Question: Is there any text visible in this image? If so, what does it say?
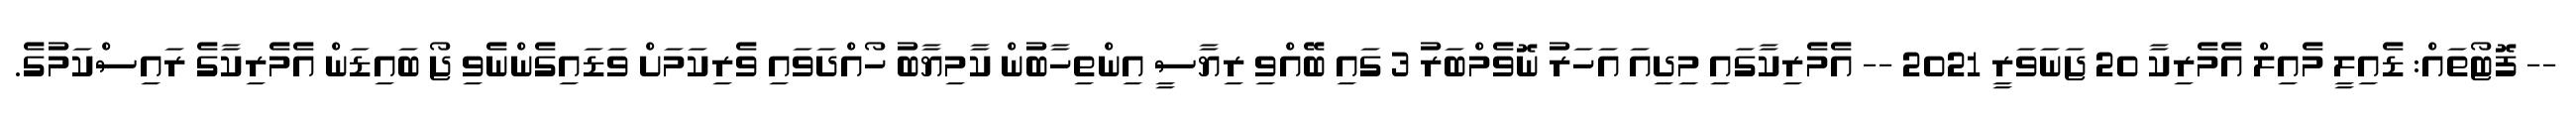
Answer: -- ފޮޓޯތައް: ޑެއިލީ މެއިލް އެމެރިކާ 20 ޖަނަވަރީ 2021 -- އެމެރިކާގައި މިދިއަ އަހަރު ނޮވެމްބަރު 3 ގައި ބޭއްވި ރިޔާސީ އިންތިހާބުން ކާމިޔާބު ހޯއްދަވައި ވެރިކަމަށް ވަޑައިގެންނެވި ޖޯ ބައިޑަން އެމެރިކާގެ ރައިސްކަމުގެ.